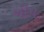
બીપ